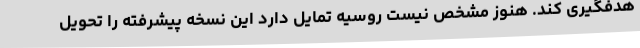
هدفگیری کند. هنوز مشخص نیست روسیه تمایل دارد این نسخه پیشرفته را تحویل